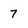
Character: 7